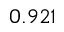
0 . 9 2 1